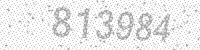
Solution: 813984